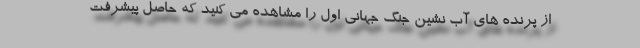
از پرنده های آب نشین جنگ جهانی اول را مشاهده می کنید که حاصل پیشرفت